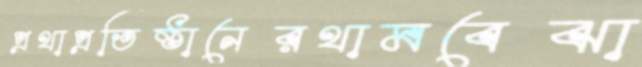
প্রথাপ্রতিষ্ঠানেরথামবেঝা